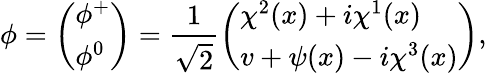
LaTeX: \phi=\left(\begin{array}{l}{{\phi^{+}}}\\ {{\phi^{0}}}\end{array}\right)=\frac{1}{\sqrt{2}}\left(\begin{array}{l}{{\chi^{2}(x)+i\chi^{1}(x)}}\\ {{v+\psi(x)-i\chi^{3}(x)}}\end{array}\right),